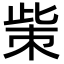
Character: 㭰